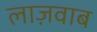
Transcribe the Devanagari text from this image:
लाज़वाब